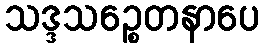
သဒ္ဒသဉ္စေတနာပေ